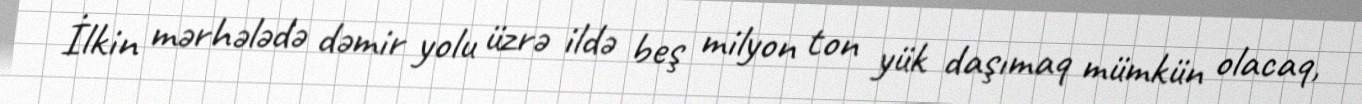
İlkin mərhələdə dəmir yolu üzrə ildə beş milyon ton yük daşımaq mümkün olacaq,